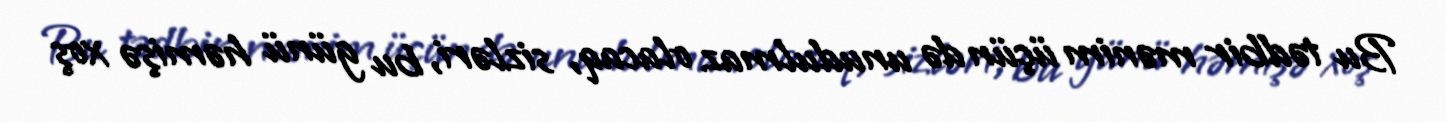
Bu tədbir mənim üçün də unudulmaz olacaq, sizləri, bu günü həmişə xoş